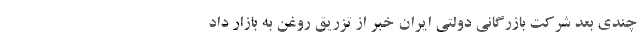
چندی بعد شرکت بازرگانی دولتی ایران خبر از تزریق روغن به بازار داد